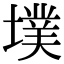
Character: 墣